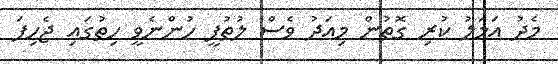
މެދު އަމަލު ކުރި ގޮތުން މިއަދު ވެސް ލުތުފީ ހުންނެވީ ހިތުގައި ޖެހިފަ